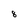
Character: 8